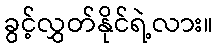
ခွင့်လွှတ်နိုင်ရဲ့လား။